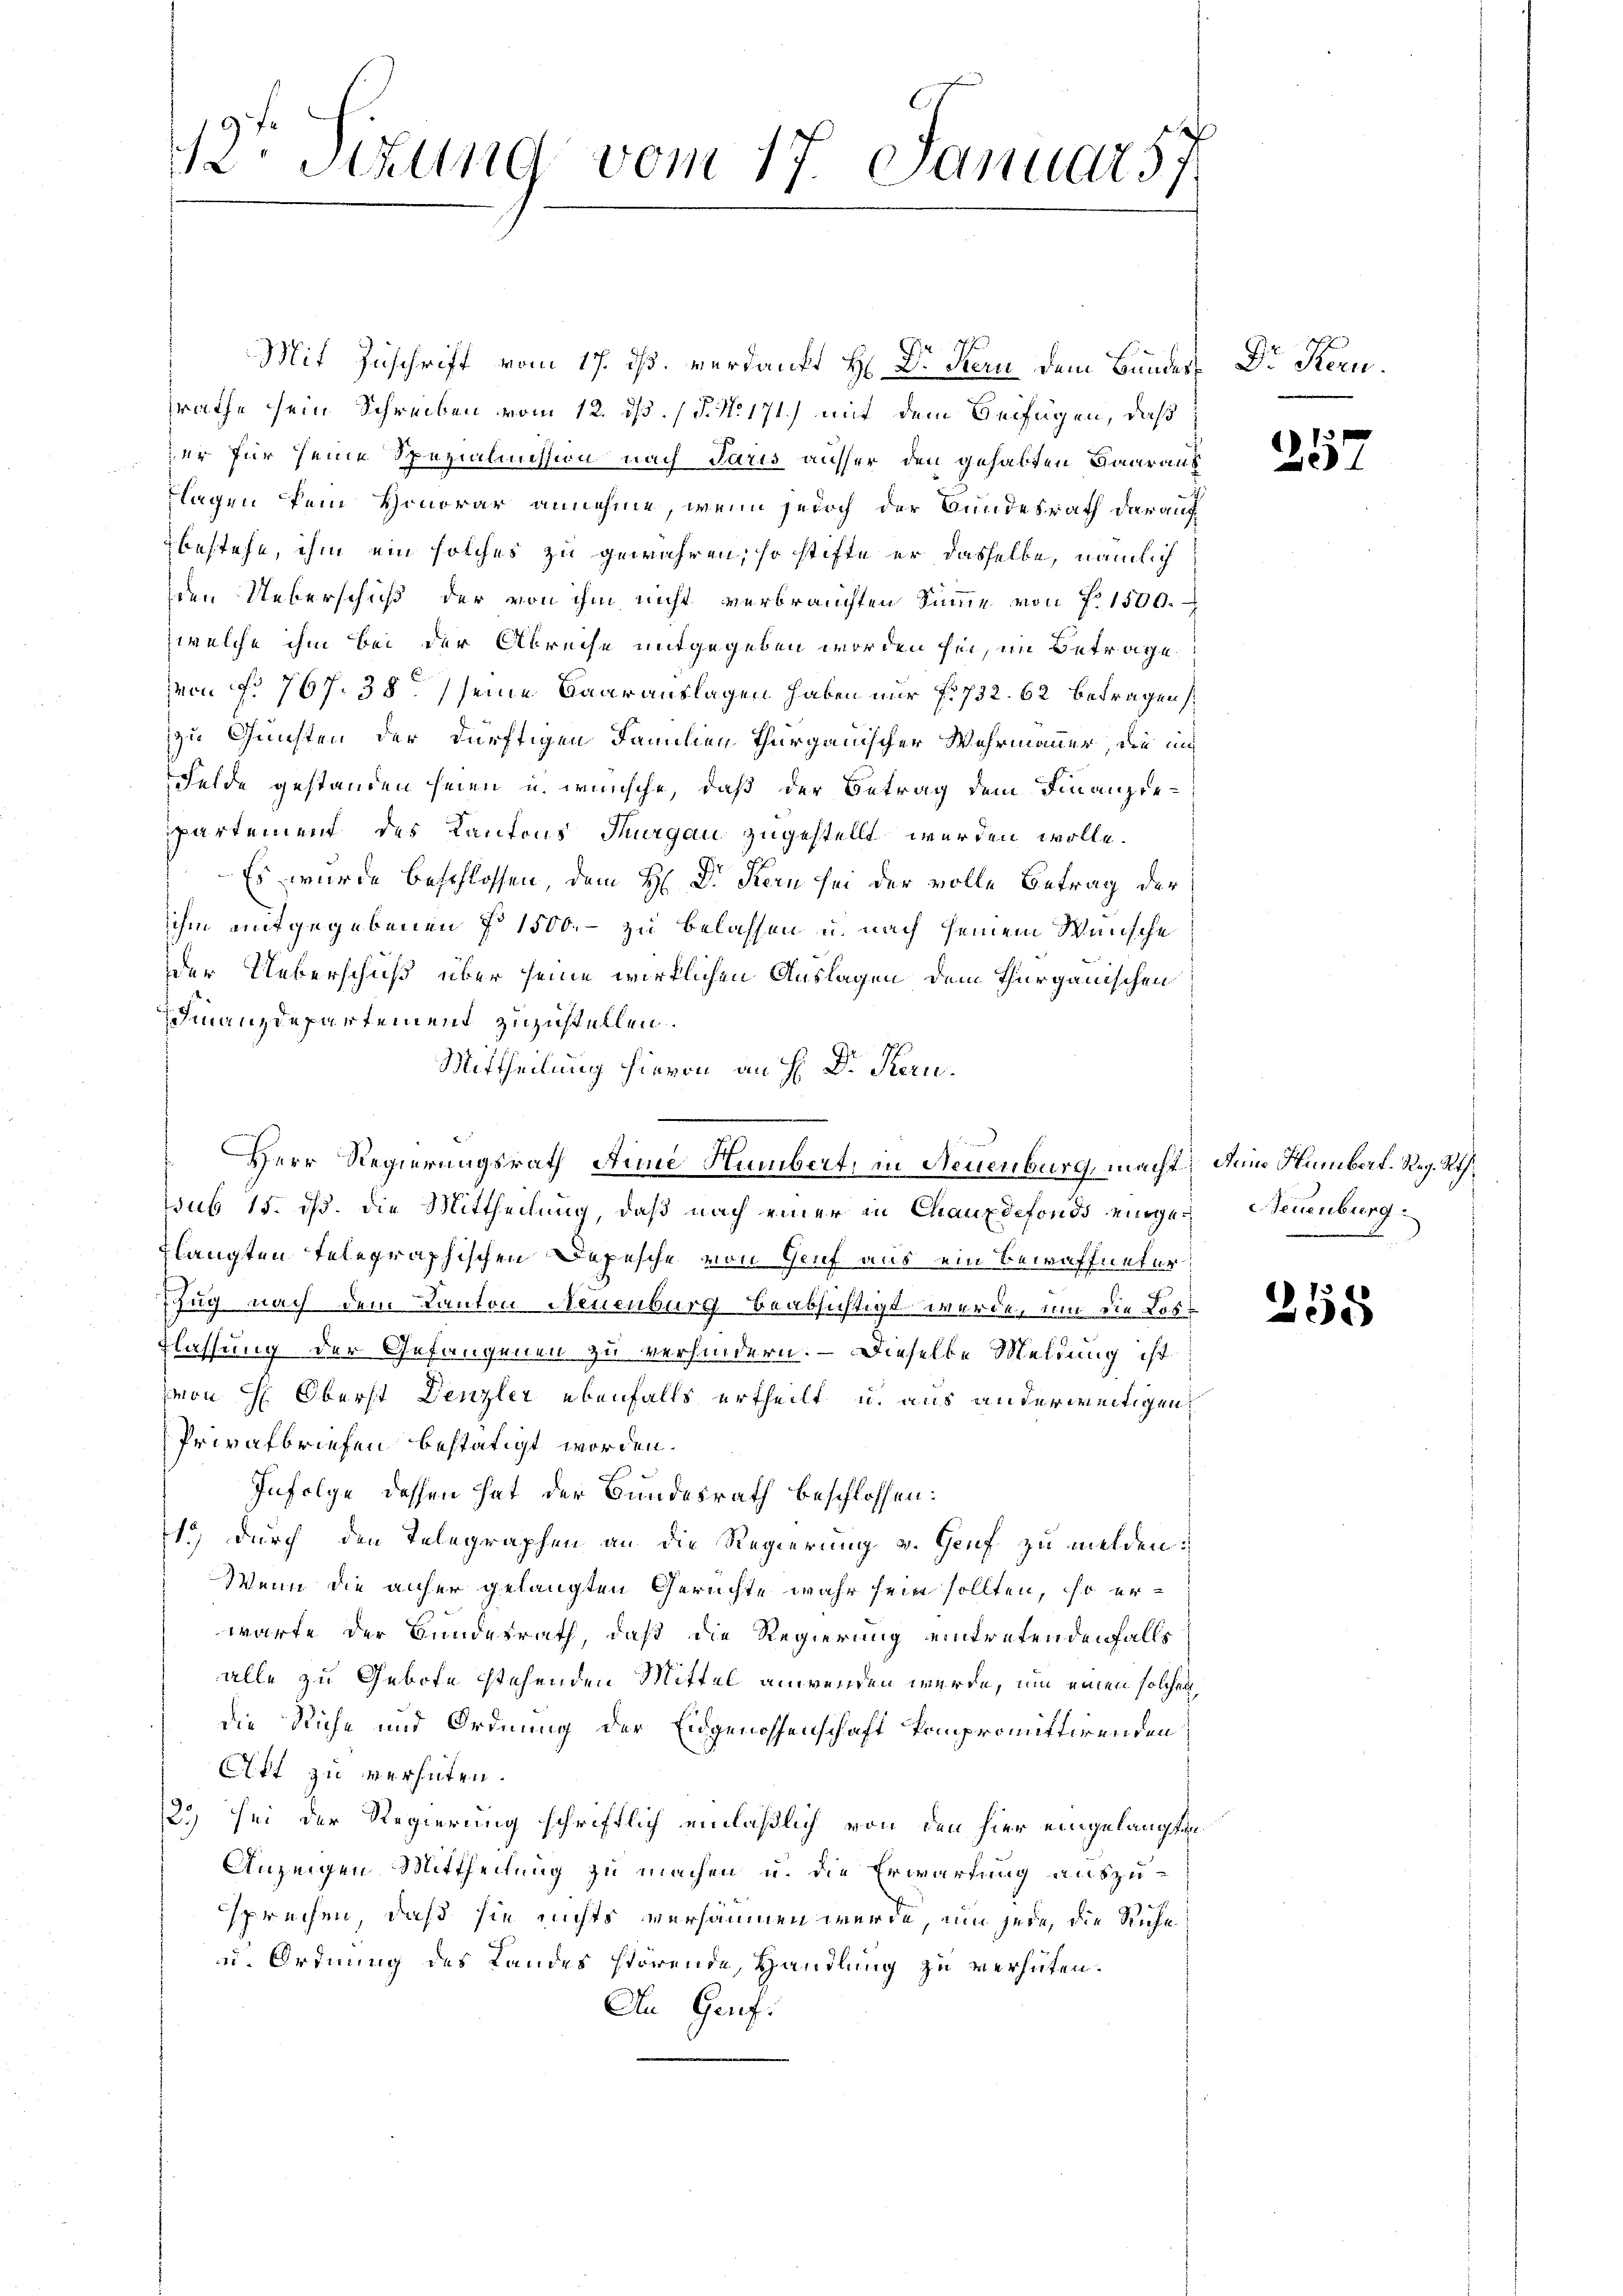
2 Stzung vom 17. Januar 57

Mit Zuschrift vom 17. dß. verdankt H: Dr. Kern dem Bundes Dr. Recusrathe sein Schreiben vom 12. dß. / P. No 171) mit dem Beifügen, daß
der für seine Spezialmission nach Paris ausser den gehabten Baaraus
flagen kein Honorar annehme, wenn jedoch der Bundesrath darauf
bestehe, ihm ein solches zu gewähren, so stifte er dasselbe, nämlich
den Ueberschuß der von ihm nicht verbrauchten Summe von f. 1500.
welche ihm bei der Abreise mitgegeben worden sei, im Betrage
on No 767. 38 seine Baarauslagen haben nur f. 732. 62 betragen
zu Gunsten der dürftigen Familien Thurgauischer Wehrmauer, die nich
Felde gestanden seien u. wünsche, daß der Betrag dem Finanziepartement des Kantons Thurgau zugestellt werden wolle.
Es wurde beschlossen, dem H: Dr. Kern sei der volle Betrag der
ihm mitgegebenen § 1500.- zu belassen u. nach seinem Wünsche
der Ueberschuß über seine wirklichen Auslagen dem Thurgauischen
FFinanzdepartement zuzustellen.
Mittheilung hievon an H: Dr. Kern.
sub 15. dß. Die Mittheilung, daß nach einer in Chauxdefonds eige Neuenburg
Flangten telegraphischen Depesche von Genf aus ein Bewaffneter
Zug nach dem Kanton Neuenburg beabsichtigt werde, um die Losflassung der Gefangenen zu verhindern. – Dieselbe Meldung ist
von H: Oberst Denzler ebenfalls ertheilt u. aus anderweitigen,
Privatbriefen bestätigt worden.
Infolge dessen hat der Bundesrath beschlossen:
1.) Durch den Telegraphen an die Regierung v. Genf zu melden.
Wenn die anfer gelangten Geruchte wahr sein sollten, so erwarfe der Bundesrath, daß die Regierung eintretendenfalls
alle zu Gebote stehenden Mittel anwenden würde, um einen solchen
die Riche und Ordnung der Eidgenossenschaft kompromittirenden
Att zu verhüten.
2) sei der Regierung schriftlich einläßlich von den hier eingelangten
Anzeigen Mittheilung zu machen u. die Erwartung auszusprechen, daß sie nichts versäumen werde, um jede, die Ruhe
u. Ordnung des Landes störende, Handlung zu verhüten.
An Genf.

Herr Regierungsrath Aine Numbert, in Neuenburg, macht, Dein Humbert. Reg. Rt.

257

255